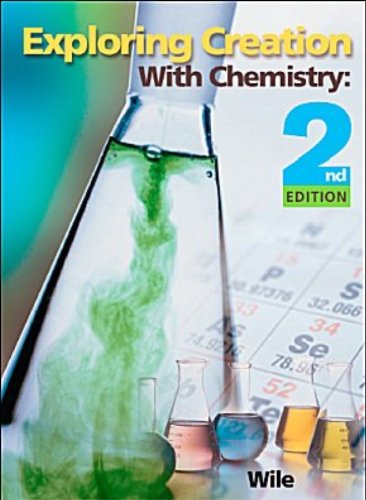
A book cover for Exploring Creation With Chemistry; Jay L. Wile; Teen & Young Adult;